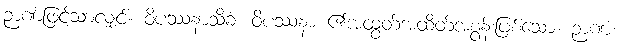
ဉာဏ်ဖြင့်သာလျှင်။ ဝိပဿနာသိခံ၊ ဝိပဿနာ ၏အထွတ်အထိတ်အစွန်းဖြစ်သော။ ဉာဏံ၊